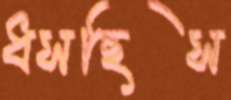
ধসছিস